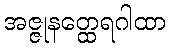
အဇ္ဇုနတ္ထေရဂါထာ